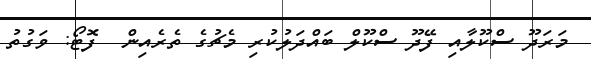
މަރަދޫ ސްކޫލާއި ފޭދޫ ސްކޫލް ބައްދަލުކުރި މެޗުގެ ތެރެއިން  ފޮޓޯ: ވަގުތު